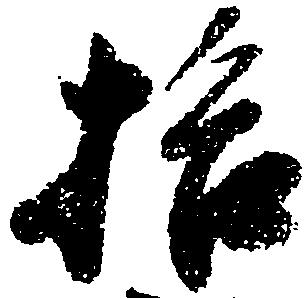
拾